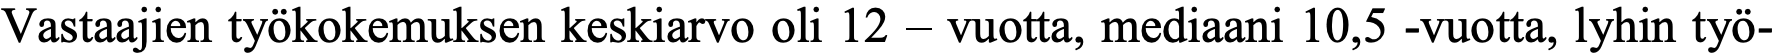
Vastaajien työkokemuksen keskiarvo oli 12 – vuotta, mediaani 10,5 -vuotta, lyhin työ-